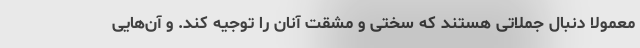
معمولا دنبال جملاتی هستند که سختی و مشقت آنان را توجیه کند. و آن‌هایی